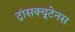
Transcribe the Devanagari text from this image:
ट्रांसक्यूटेनस